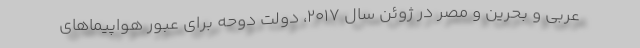
عربی و بحرین و مصر در ژوئن سال 2017، دولت دوحه برای عبور هواپیماهای